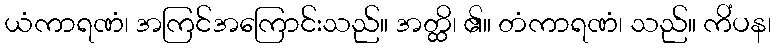
ယံကာရဏံ၊ အကြင်အကြောင်းသည်။ အတ္ထိ၊ ၏။ တံကာရဏံ၊ သည်။ ကိံပန၊